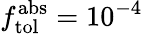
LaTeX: f_{\mathrm{tol}}^{\mathrm{abs}}=10^{-4}